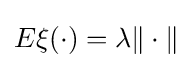
E\xi (\cdot )=\lambda \|\cdot \|